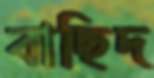
বাছিদ